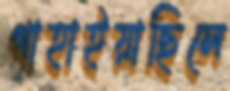
গাহাইয়াছিলে